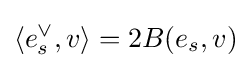
\langle e_{s}^{\vee },v\rangle =2B(e_{s},v)